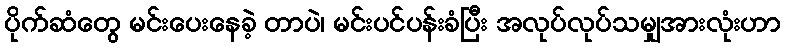
ပိုက်ဆံတွေ မင်းပေးနေခဲ့ တာပဲ၊ မင်းပင်ပန်းခံပြီး အလုပ်လုပ်သမျှအားလုံးဟာ